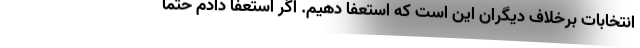
انتخابات برخلاف دیگران این است که استعفا دهیم. اگر استعفا دادم حتماً